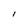
Character: I